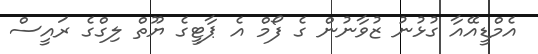
އެމްޑީއޭއާ ގުޅުނު ޒުވާނުން ގެ ފޯމް އެ ޕާޓީގެ ޔޫތް ލިގްގެ ރައީސް